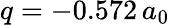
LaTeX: q=-0.572\, a_{0}